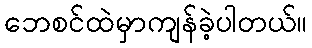
ဘေစင်ထဲမှာကျန်ခဲ့ပါတယ်။